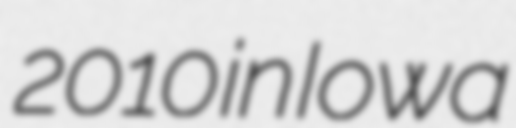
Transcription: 2010 in Iowa